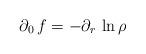
LaTeX: \begin{align*}\partial_0\, f=-\partial_r\,\ln\rho\end{align*}